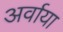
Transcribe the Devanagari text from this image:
अर्वाया